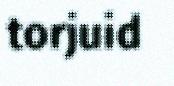
torjuid